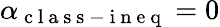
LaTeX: \alpha_{\mathrm{~c~l~a~s~s~-~i~n~e~q~}}=0